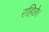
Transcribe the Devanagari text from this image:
रहिछे।